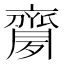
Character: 𪗈